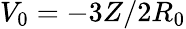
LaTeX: V_{0}=-3Z/2R_{0}